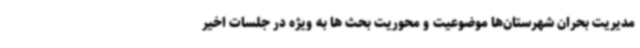
مدیریت بحران شهرستان‌ها موضوعیت و محوریت بحث ها به ویژه در جلسات اخیر